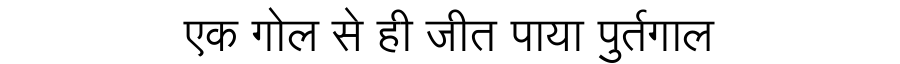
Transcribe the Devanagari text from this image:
एक गोल से ही जीत पाया पुर्तगाल